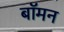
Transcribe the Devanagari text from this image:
बॉमन